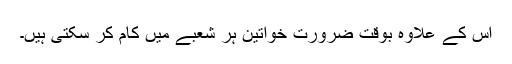
اس کے علاوہ بوقت ضرورت خواتین ہر شعبے میں کام کر سکتی ہیں۔